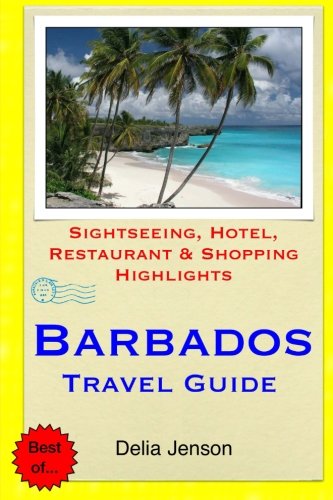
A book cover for Barbados Travel Guide: Sightseeing, Hotel, Restaurant & Shopping Highlights; Delia Jenson; Travel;